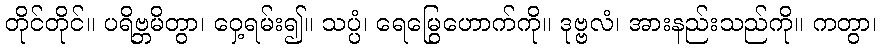
တိုင်တိုင်။ ပရိဗ္ဘမိတွာ၊ ဝှေ့ရမ်း၍။ သပ္ပံ၊ ရေမြွေဟောက်ကို။ ဒုဗ္ဗလံ၊ အားနည်းသည်ကို။ ကတွာ၊